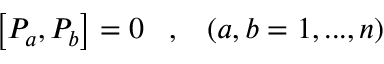
\left[ { { \cal P } } _ { a } , { { \cal P } } _ { b } \right] = 0 \; \; \; , \; \; \; \left( a , b = 1 , . . . , n \right)